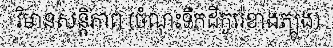
វិមានសន្តិភាព (ចំណុះទឹកដីកូរ៉េខាងត្បូង)